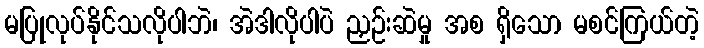
မပြုလုပ်နိုင်သလိုပါဘဲ၊ အဲဒါလိုပါပဲ ညှဉ်းဆဲမှု အစ ရှိသော မစင်ကြယ်တဲ့